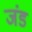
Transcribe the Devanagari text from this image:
जंड